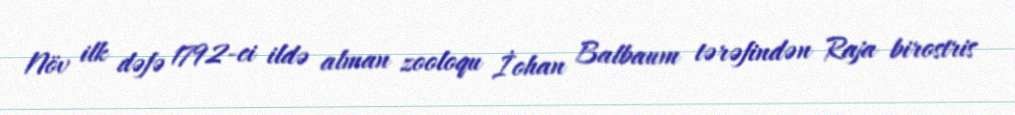
Növ ilk dəfə 1792-ci ildə alman zooloqu İohan Balbaum tərəfindən Raja birostris